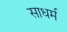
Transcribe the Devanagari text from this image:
साधर्म